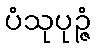
ပံသုပုဉ္ဇံ